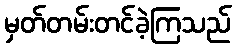
မှတ်တမ်းတင်ခဲ့ကြသည်